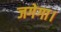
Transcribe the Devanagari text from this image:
जगेगा।